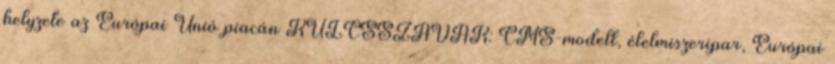
helyzete az Európai Unió piacán KULCSSZAVAK: CMS-modell, élelmiszeripar, Európai